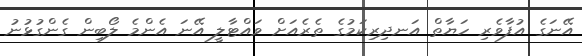
އޭނަގެ އުފާވެރި ހަޔާތް އަނދިރިކަމުގެ ތެރެއަށް ވައްޓާލީ އޭނަ އެންމެ ލޯބިން ގެންގުޅުނު